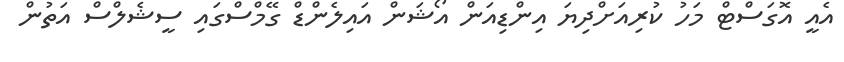
އެއީ އޮގަސްޓް މަހު ކުރިއަށްދިޔަ އިންޑިއަން އޯޝަން އައިލެންޑް ގޭމްސްގައި ސީޝެލްސް އަތުން